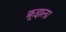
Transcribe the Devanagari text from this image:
क्रूझला